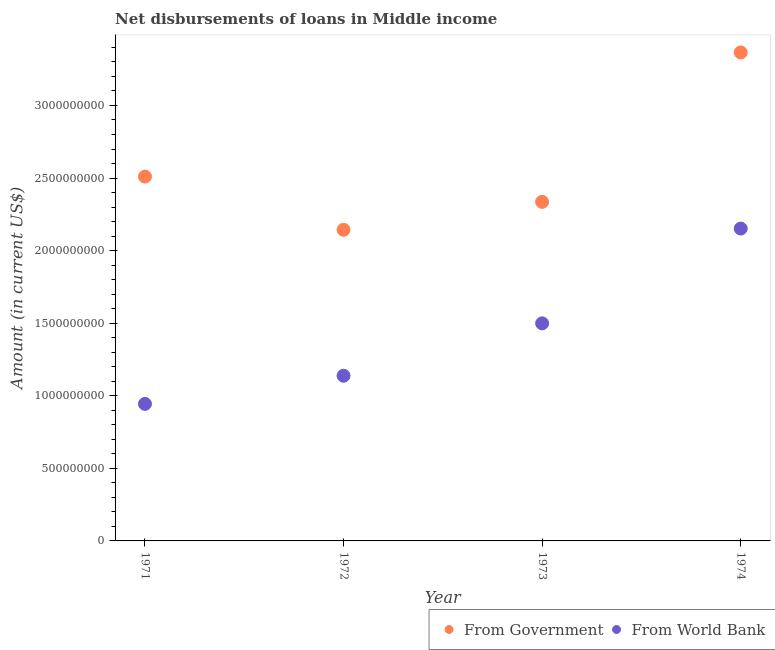
| Year | From Government | From World Bank |
 | --- | --- | --- |
 | 1971 | 2.51e+09 | 9.44e+08 |
 | 1972 | 2.14e+09 | 1.14e+09 |
 | 1973 | 2.34e+09 | 1.5e+09 |
 | 1974 | 3.37e+09 | 2.15e+09 |